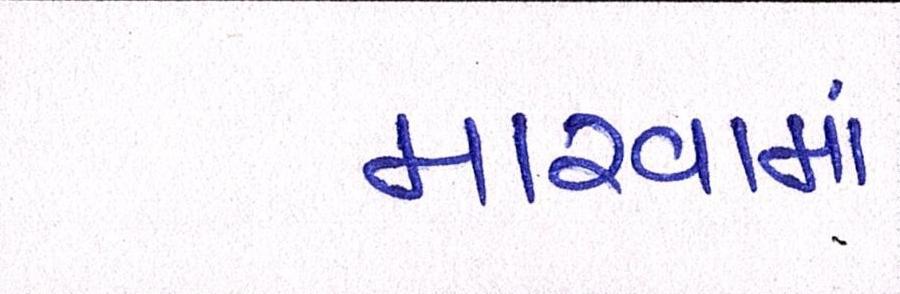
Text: મારવામાં